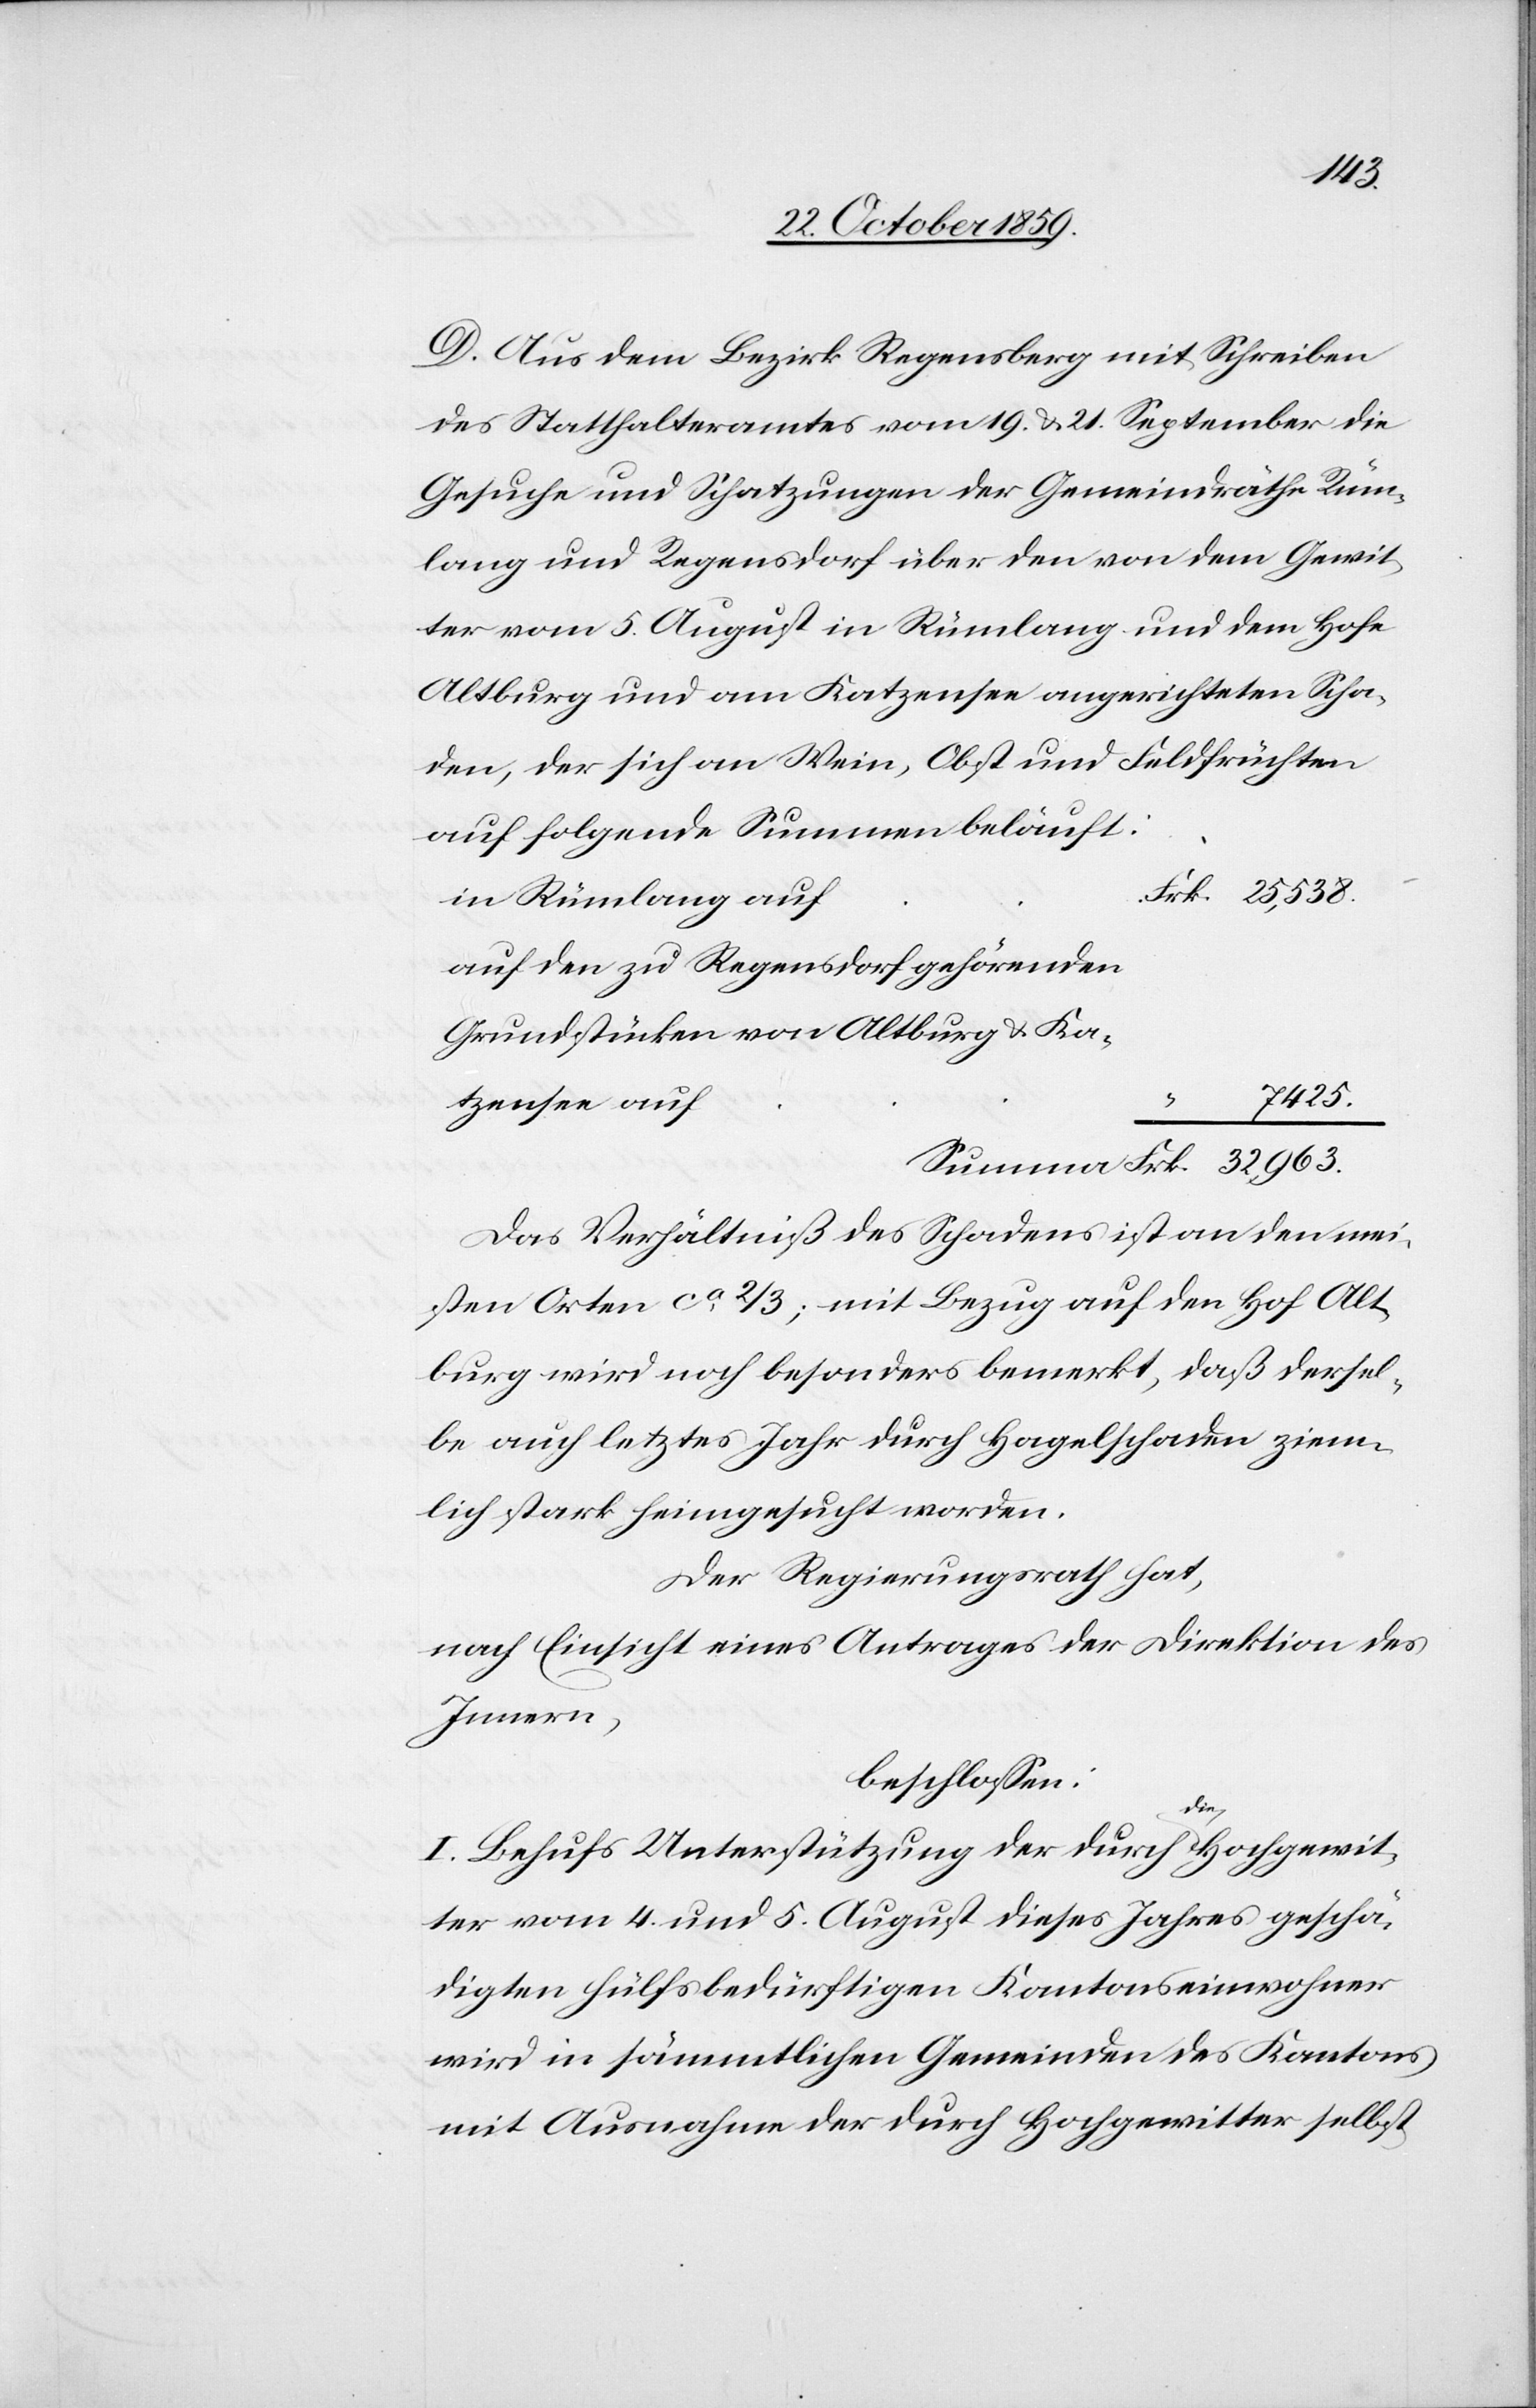
D. Aus dem Bezirk Regensberg mit Schreiben
des Statthalteramtes vom 19. & 21. September die
Gesuche und Schatzungen der Gemeindräthe Rüm¬
lang und Regensdorf über den von dem Gewit¬
ter vom 5. August in Rümlang und dem Hofe
Altburg und am Katzensee angerichteten Scha¬
den, der sich an Wein, Obst und Feldfrüchten
auf folgende Summen beläuft:
In Rümlang auf
auf den zu Regensdorf gehörenden
Grundstücken von Altburg & Ka¬
32,963.
tzensee auf
“
Das Verhältniß des Schadens ist an den mei¬
sten Orten ca 2/3; mit Bezug auf den Hof Alt¬
burg wird noch besonders bemerkt, daß dersel¬
be auch letztes Jahr durch Hagelschaden ziem¬
lich stark heimgesucht worden.
Der Regierungsrath hat
nach Einsicht eines Antrages der Direktion des
Innern,
beschlossen:
I. Behufs Unterstützung der durch die Hochgewit¬
ter vom 4. und 5. August dieses Jahres geschä¬
digten hülfsbedürftigen Kantonseinwohner
wird in sämmtlichen Gemeinden des Kantons
mit Ausnahme der durch Hochgewitter selbst